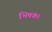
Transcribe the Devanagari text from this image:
भिषक।